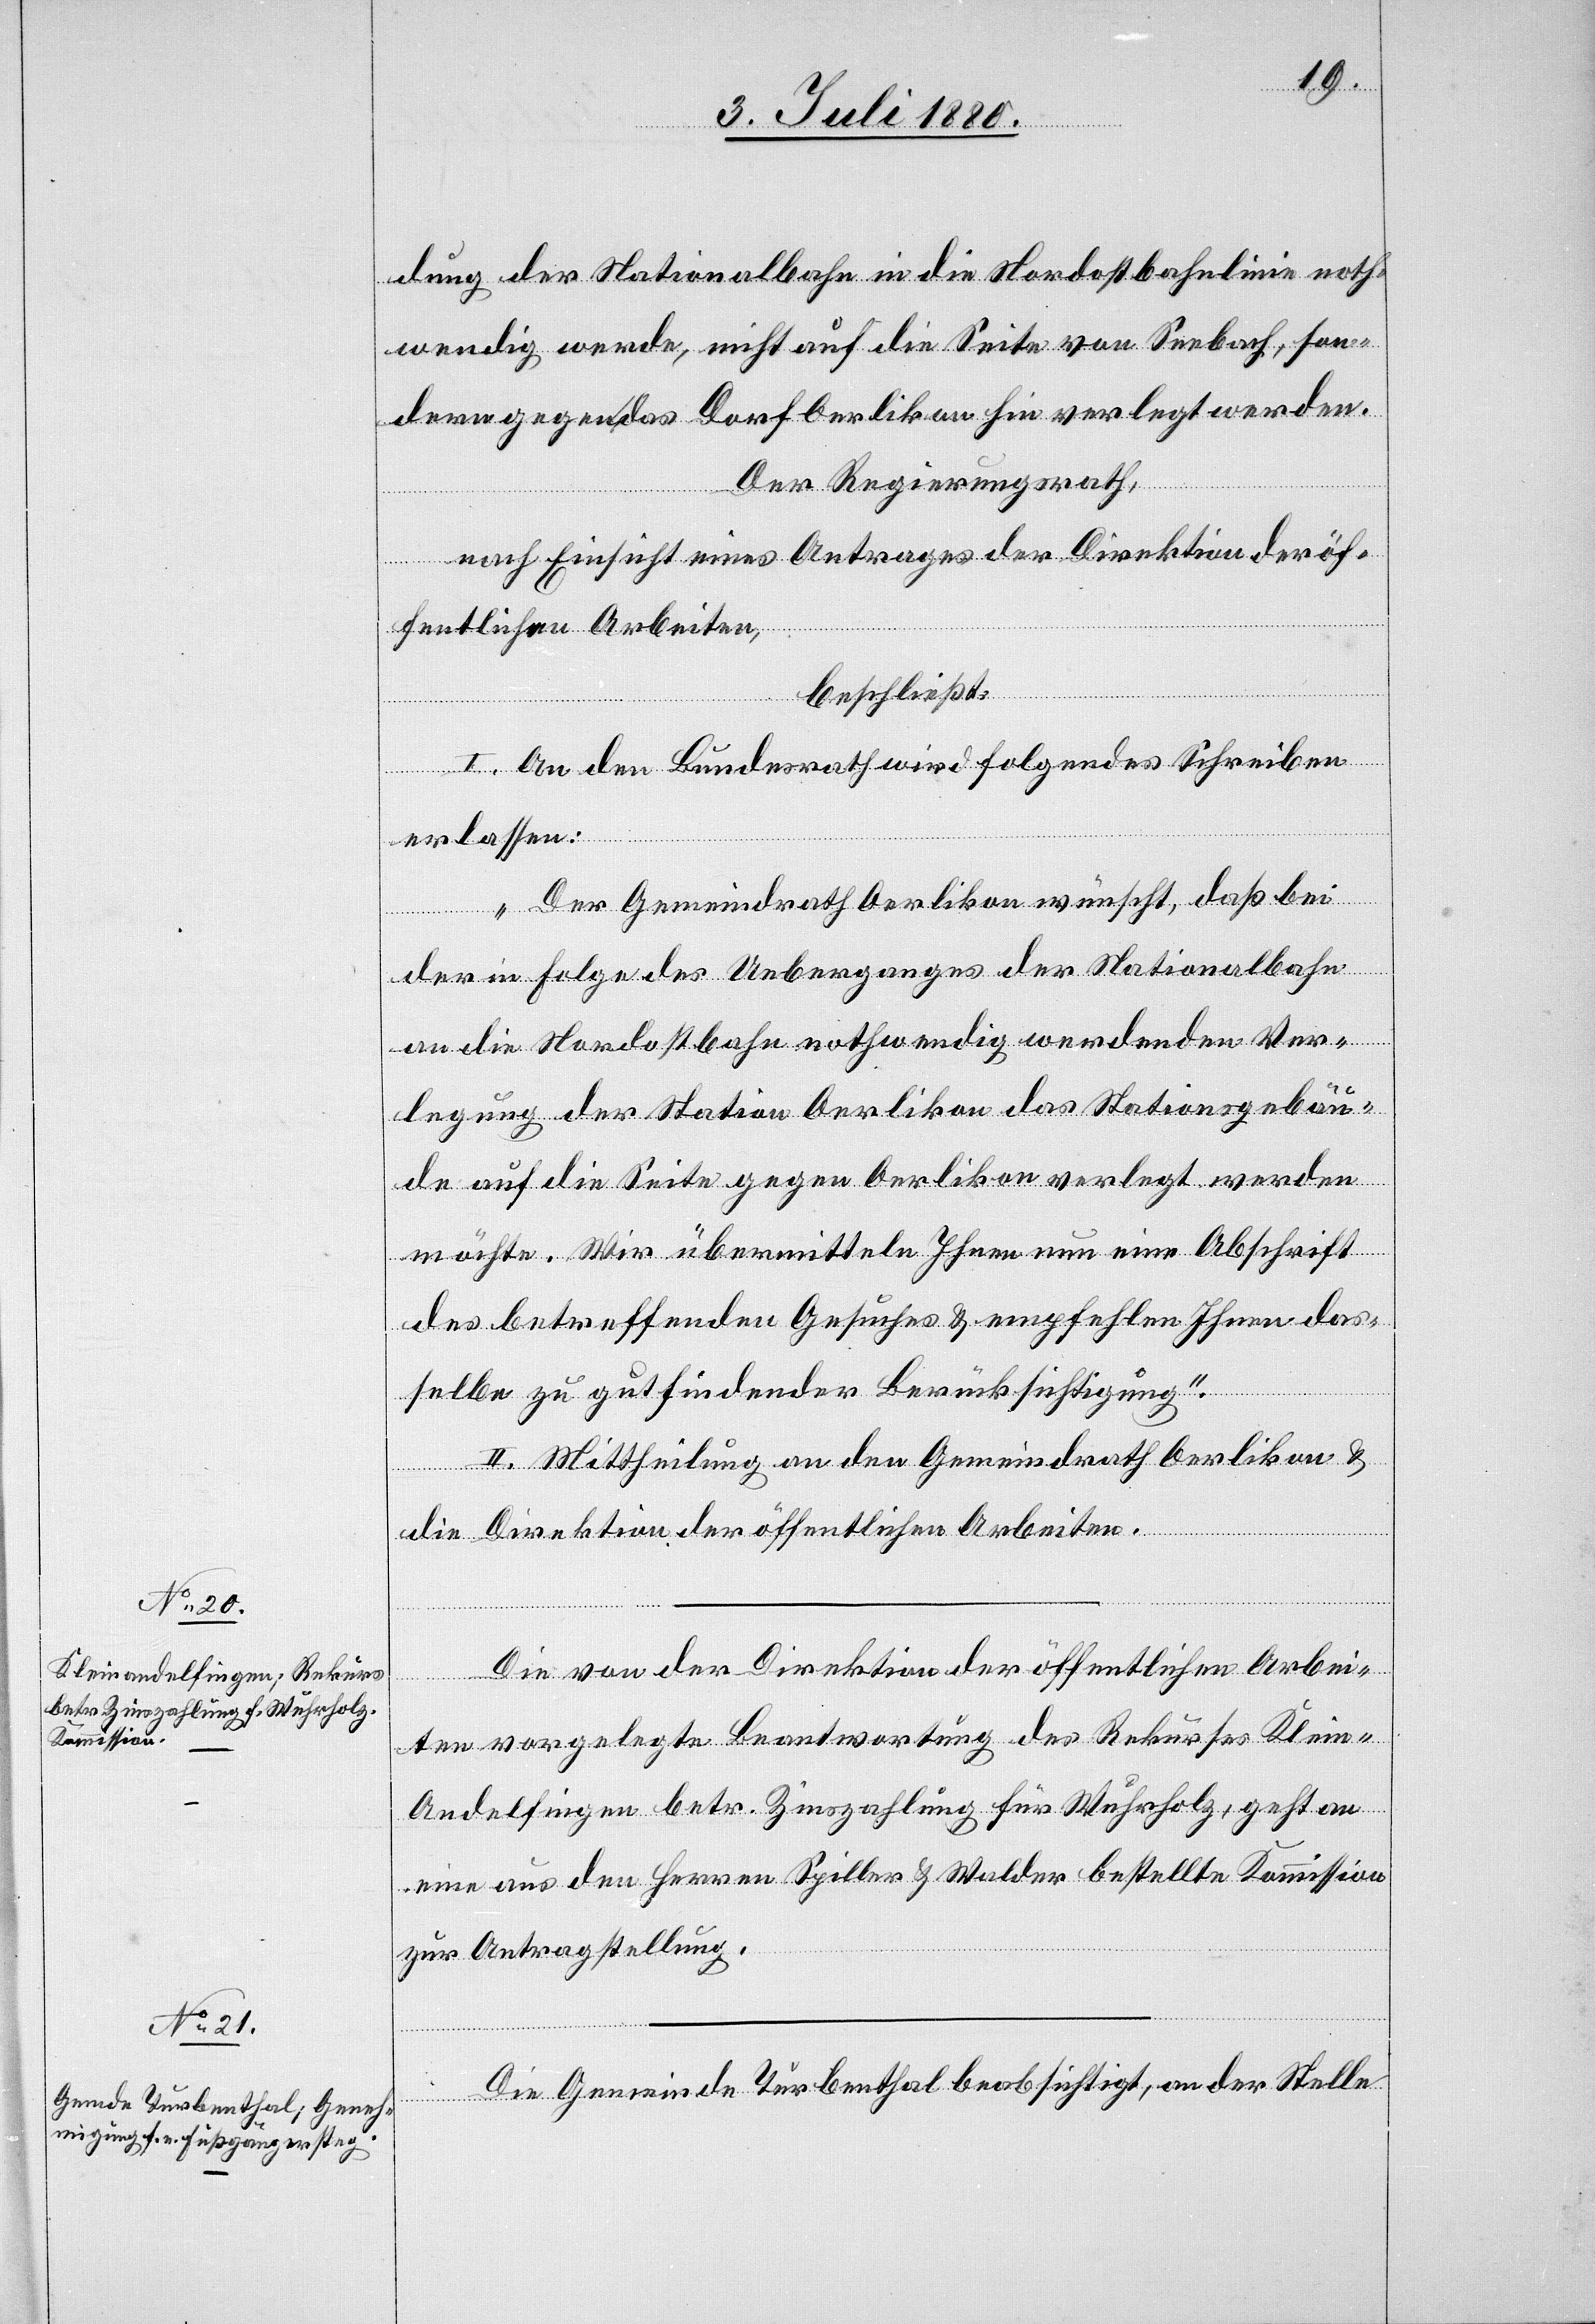
dung der Nationalbahn in die Nordostbahnlinie noth¬
wendig werde, nicht auf die Seite von Seebach, son¬
dern gegen das Dorf Oerlikon hin verlegt werden.
Der Regierungsrath,
nach Einsicht eines Antrages der Direktion der öf¬
fentlichen Arbeiten,
beschließt:
I. An den Bundesrath wird folgendes Schreiben
erlassen:
„Der Gemeindrath Oerlikon wünscht, daß bei
der in Folge des Ueberganges der Nationalbahn
an die Nordostbahn nothwendig werdenden Ver¬
legung der Station Oerlikon das Stationsgebäu¬
de auf die Seite gegen Oerlikon verlegt werden
möchte. Wir übermitteln Ihnen nun eine Abschrift
des betreffenden Gesuches & empfehlen Ihnen das¬
selbe zu gutfindender Berücksichtigung.“
II. Mittheilung an den Gemeinderath Oerlikon &
die Direktion der öffentlichen Arbeiten.
Die von der Direktion der öffentlichen Arbei¬
ten vorgelegte Beantwortung des Rekurses Klein-A¬
ndelfingen betr. Zinszahlung für Wuhrholz, geht an
eine aus den Herren Spiller & Walder bestellte Kommission
zur Antragstellung.
Die Gemeinde Turbenthal beabsichtigt, an der Stelle